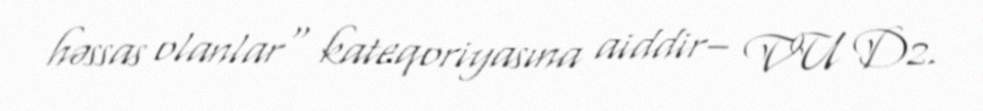
həssas olanlar" kateqoriyasına aiddir– VU D2.